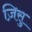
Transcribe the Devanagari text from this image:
ज़िसु